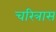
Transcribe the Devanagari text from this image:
चरित्रास